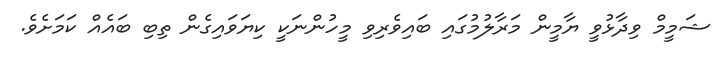
ޝަމީމް ވިދާޅުވީ ޔާމީން މަރާލުމުގައި ބައިވެރިވި މީހުންނަކީ ކިޔަވައިގެން ތިބި ބައެއް ކަމަށެވެ.